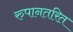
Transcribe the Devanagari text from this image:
रुपानतरित